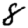
Digit: 8